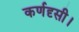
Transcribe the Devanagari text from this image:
कर्णदृसी।